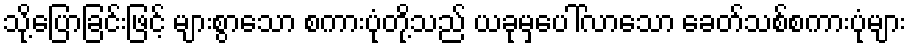
သို့ပြောခြင်းဖြင့် များစွာသော စကားပုံတို့သည် ယခုမှပေါ်လာသော ခေတ်သစ်စကားပုံများ